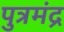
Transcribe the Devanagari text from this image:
पुत्रमंद्र